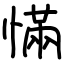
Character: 慲